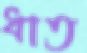
ধাত